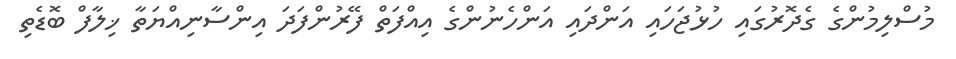
މުސްލިމުންގެ ގެދޮރުގައި ހުޅުޖަހައި އަންދައި އަންހެނުންގެ އިއްފަތް ފޭރުންފަދަ އިންސާނިއްޔަތާ ޚިލާފް ބޮޑެތި